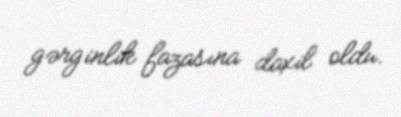
gərginlik fazasına daxil oldu.